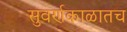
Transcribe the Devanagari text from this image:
सुवर्णकाळातच